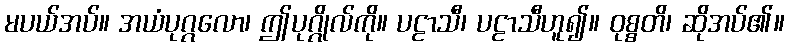
မပယ်အပ်။ အယံပုဂ္ဂလော၊ ဤပုဂ္ဂိုလ်ကို။ ပဠာသီ၊ ပဠာသီဟူ၍။ ဝုစ္စတိ၊ ဆိုအပ်၏။